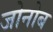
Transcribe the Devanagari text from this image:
जोनोब